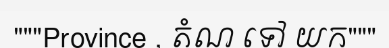
"""Province , តំណ ទៅ យក"""